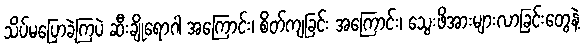
သိပ်မပြောခဲ့ကြပဲ ဆီးချိုရောဂါ အကြောင်း၊ စိတ်ကျခြင်း အကြောင်း၊ သွေးဖိအားများလာခြင်းတွေနဲ့